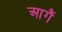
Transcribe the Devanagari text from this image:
आगैं